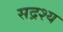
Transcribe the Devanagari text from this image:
सद्रश्य